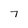
Character: 7